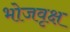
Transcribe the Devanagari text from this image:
भोजवृक्ष